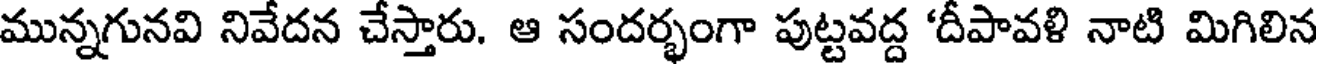
మున్నగునవి నివేదన చేస్తారు. ఆ సందర్భంగా పుట్టవద్ద 'దీపావళి నాటి మిగిలిన